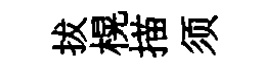
拔榥描须